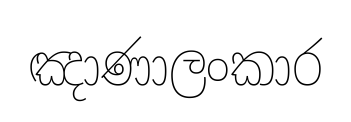
ඤාණාලංකාර